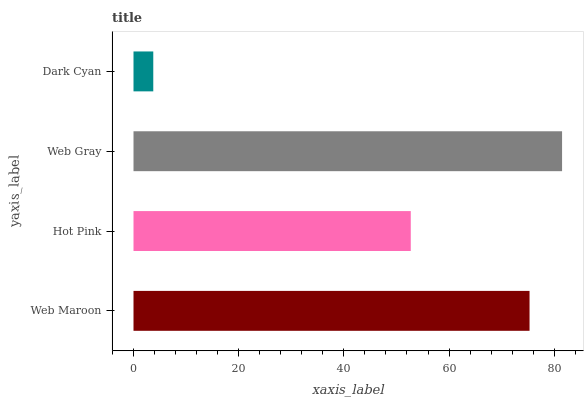
| yaxis_label | bars |
 | --- | --- |
 | Web Maroon | 75.3 |
 | Hot Pink | 52.7 |
 | Web Gray | 81.5 |
 | Dark Cyan | 3.76 |